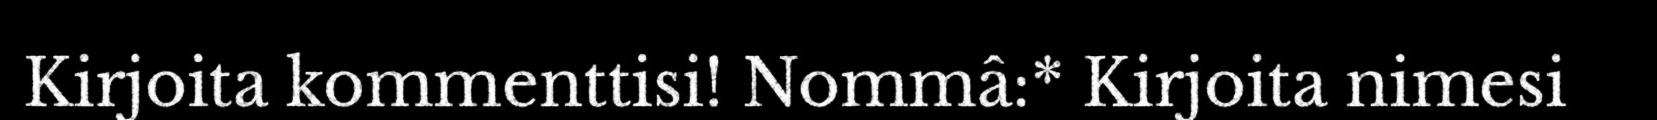
Kirjoita kommenttisi! Nommâ:* Kirjoita nimesi